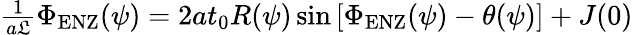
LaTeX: \begin{array}{r}{\frac{1}{a\mathfrak{L}}\Phi_{\mathrm{ENZ}}(\psi)=2at_{0}R(\psi)\sin\left[\Phi_{\mathrm{ENZ}}(\psi)-\theta(\psi)\right]+J(0)}\end{array}